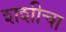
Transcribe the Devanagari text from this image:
शशीचा